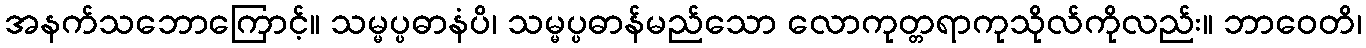
အနက်သဘောကြောင့်။ သမ္မပ္ပဓာနံပိ၊ သမ္မပ္ပဓာန်မည်သော လောကုတ္တရာကုသိုလ်ကိုလည်း။ ဘာဝေတိ၊